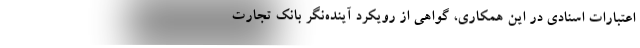
اعتبارات اسنادی در این همکاری، گواهی از رویکرد آینده‌نگر بانک تجارت